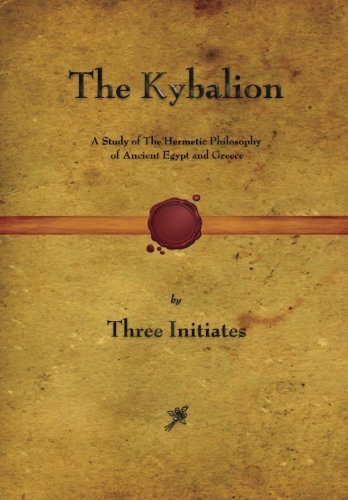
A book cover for The Kybalion: A Study of The Hermetic Philosophy of Ancient Egypt and Greece; Three Initiates; Politics & Social Sciences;